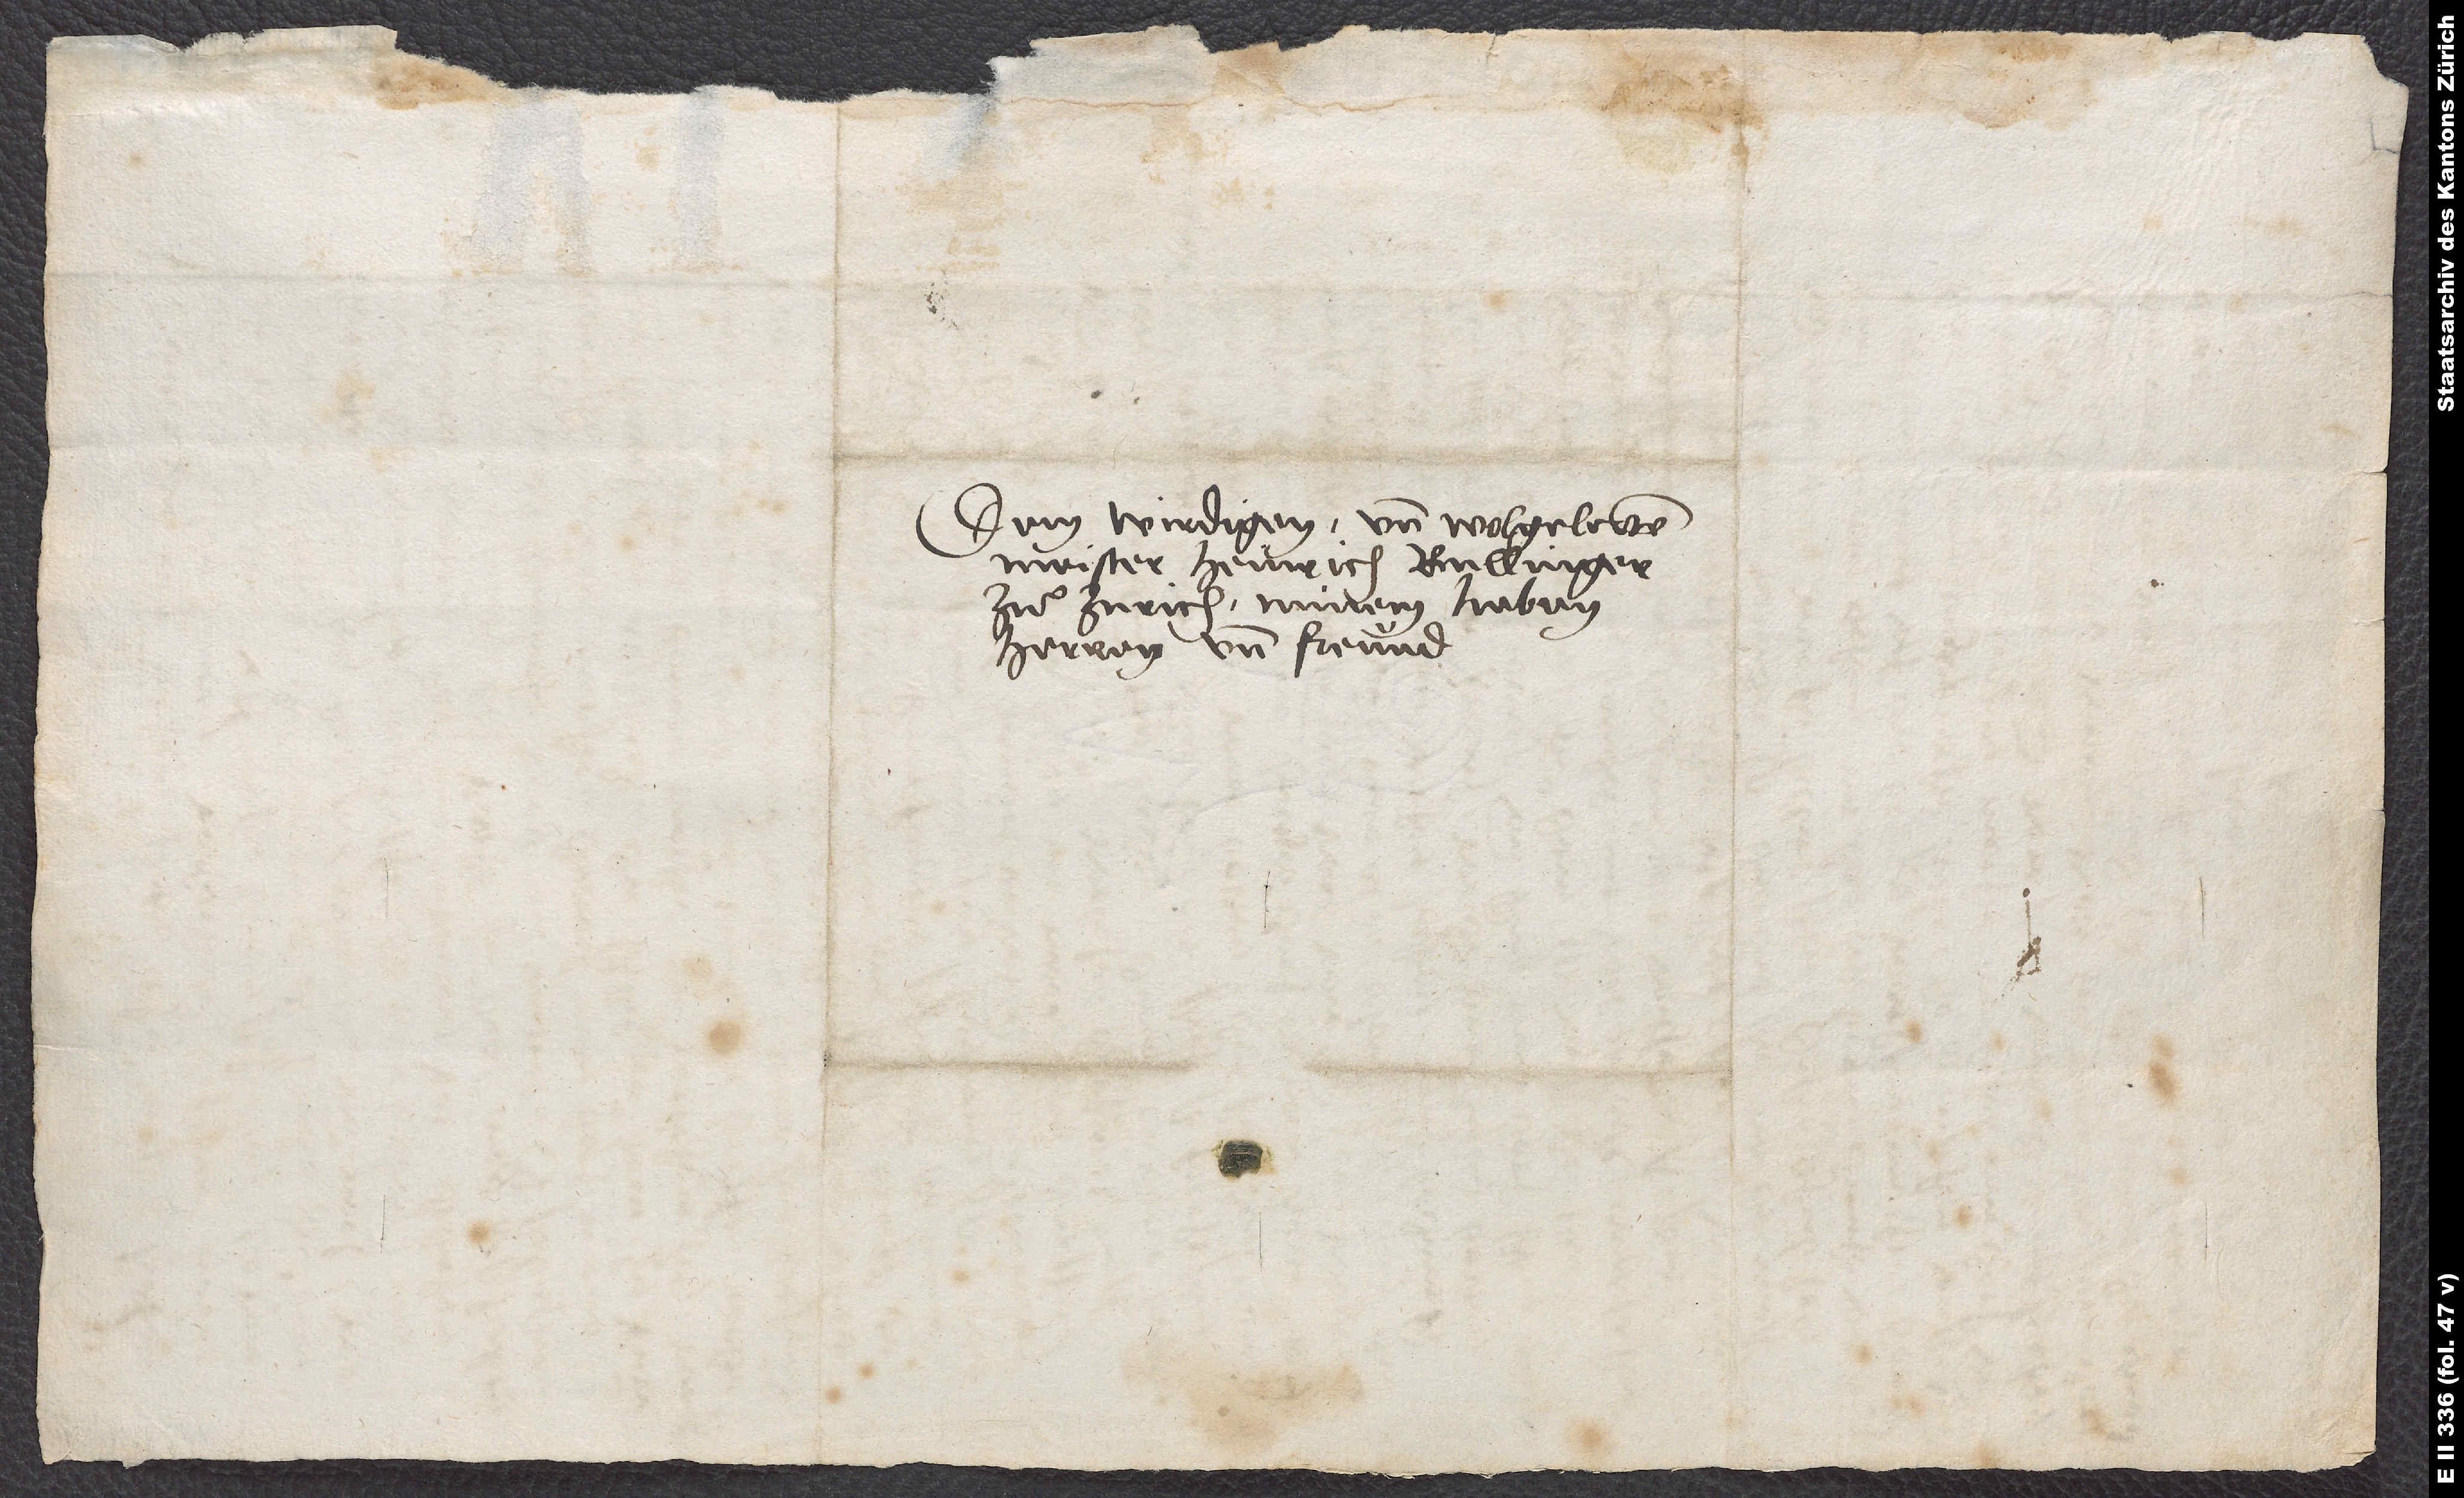
Dem wirdigen und wolgelerten
Meister Heinrich Bullinger
zuͦ Zurich, minem lieben
herren und freund.